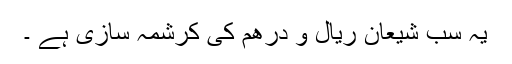
یہ سب شیعانِ ریال و درھم کی کرشمہ سازی ہے ۔